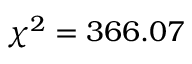
\chi ^ { 2 } = 3 6 6 . 0 7